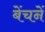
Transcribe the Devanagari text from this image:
बेंचनें